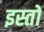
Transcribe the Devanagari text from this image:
इस्तो